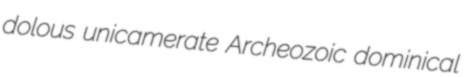
dolous unicamerate Archeozoic dominical